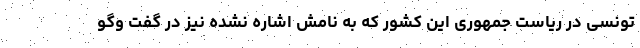
تونسی در ریاست جمهوری این کشور که به نامش اشاره نشده نیز در گفت وگو